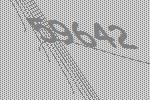
59642